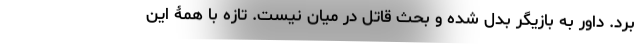
برد. داور به بازیگر بدل شده و بحث قاتل در میان نیست. تازه با همۀ این